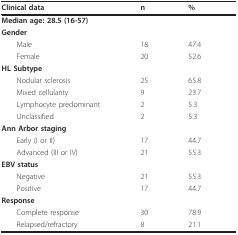
<table><thead><tr><td><b>Clinical data</b></td><td><b>n</b></td><td><b>%</b></td></tr></thead><tbody><tr><td><b>Median age: </b>28.5 (16-57)</td><td></td><td></td></tr><tr><td><b>Gender</b></td><td></td><td></td></tr><tr><td> Male</td><td>18</td><td>47.4</td></tr><tr><td> Female</td><td>20</td><td>52.6</td></tr><tr><td><b>HL Subtype</b></td><td></td><td></td></tr><tr><td> Nodular sclerosis</td><td>25</td><td>65.8</td></tr><tr><td> Mixed cellularity</td><td>9</td><td>23.7</td></tr><tr><td> Lymphocyte predominant</td><td>2</td><td>5.3</td></tr><tr><td> Unclassified</td><td>2</td><td>5.3</td></tr><tr><td><b>Ann Arbor staging</b></td><td></td><td></td></tr><tr><td> Early (I or II)</td><td>17</td><td>44.7</td></tr><tr><td> Advanced (III or IV)</td><td>21</td><td>55.3</td></tr><tr><td><b>EBV status</b></td><td></td><td></td></tr><tr><td> Negative</td><td>21</td><td>55.3</td></tr><tr><td> Positive</td><td>17</td><td>44.7</td></tr><tr><td><b>Response</b></td><td></td><td></td></tr><tr><td> Complete response</td><td>30</td><td>78.9</td></tr><tr><td> Relapsed/refractory</td><td>8</td><td>21.1</td></tr></tbody></table>